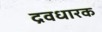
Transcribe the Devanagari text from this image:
द्रवधारक